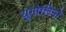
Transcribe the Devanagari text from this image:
युगोलिनो